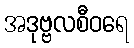
အဒုဗ္ဗလစီဝရေ